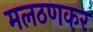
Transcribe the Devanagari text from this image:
मलठणकर